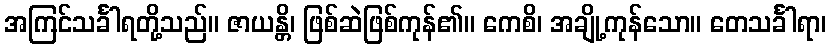
အကြင်သင်္ခါရတို့သည်။ ဇာယန္တိ၊ ဖြစ်ဆဲဖြစ်ကုန်၏။ ကေစိ၊ အချို့ကုန်သော။ တေသင်္ခါရာ၊